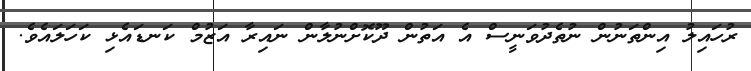
ރުހައިލު އިންތަނުން ނުތެދުވަނީސް އެ އަތުން ދޫކޮށްނުލާން ނައިރާ އަޒުމް ކަނޑައެޅި ކަހަލައެވެ.